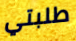
طلبتي